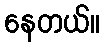
နေတယ်။